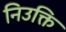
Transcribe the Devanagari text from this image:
निउक्ति